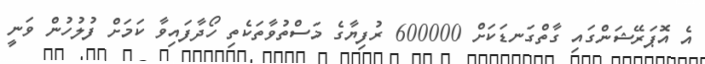
އެ އޮޕަރޭޝަންގައި ގާތްގަނޑަކަށް 600000 ރުފިޔާގެ މަސްތުވާތަކެތި ހޯދާފައިވާ ކަމަށް ފުލުހުން ވަނީ